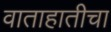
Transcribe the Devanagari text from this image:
वाताहातीचा